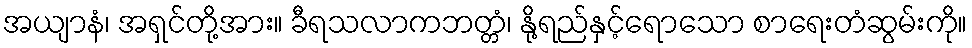
အယျာနံ၊ အရှင်တို့အား။ ခီရသလာကဘတ္တံ၊ နို့ရည်နှင့်ရောသော စာရေးတံဆွမ်းကို။